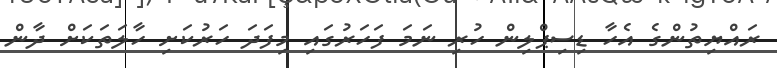
ރައްޔިތުންގެ އެހާ ޑިސިޕްލިން ހުރި ނަމަ ފަހަރުގައި މިފަދަ ހަރުކަށި ހާލަތަކަށް ދާން